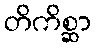
တိကိစ္ဆာ